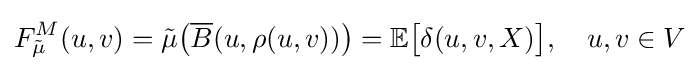
F_{\tilde {\mu }}^{M}(u,v)={\tilde {\mu }}{\bigl (}{\overline {B}}(u,\rho (u,v)){\bigr )}=\mathbb {E} {\bigl [}\delta (u,v,X){\bigr ]},\quad u,v\in V